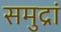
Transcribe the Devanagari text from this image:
समुद्रां